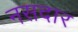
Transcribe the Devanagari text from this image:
नसदार